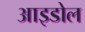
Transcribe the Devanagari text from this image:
आइडोल